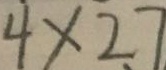
4 \times 2 7